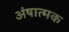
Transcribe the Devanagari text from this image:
अंषात्मक